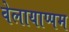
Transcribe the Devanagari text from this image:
वेलायाप्पम